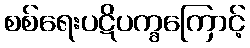
စစ်ရေးပဋိပက္ခကြောင့်